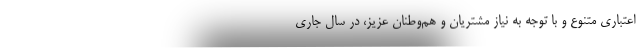
اعتباری متنوع و با توجه به نیاز مشتریان و هم‌وطنان عزیز، در سال جاری